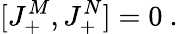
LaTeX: [J_{+}^{M},J_{+}^{N}]=0\ .